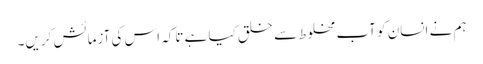
ہم نے انسان کو آبِ مخلوط سے خلق کیا ہے تاکہ اس کی آزمائش کریں۔